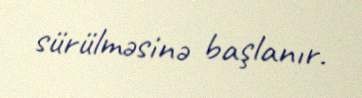
sürülməsinə başlanır.